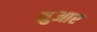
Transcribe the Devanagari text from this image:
शुआर